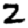
Digit: 2